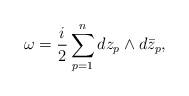
LaTeX: \begin{align*} \omega = \frac{i}{2} \sum_{p=1}^n dz_p \wedge d\bar{z}_p,\end{align*}